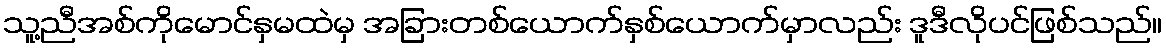
သူ့ညီအစ်ကိုမောင်နှမထဲမှ အခြားတစ်ယောက်နှစ်ယောက်မှာလည်း ဒူဒီလိုပင်ဖြစ်သည်။